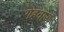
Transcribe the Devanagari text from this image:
गेहवारा